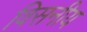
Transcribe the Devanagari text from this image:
विसनीय